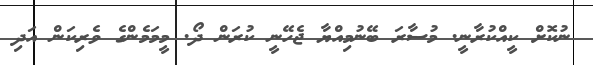
ނުކޮށް ކީއްކުރާނީ. މުސާރަ ބޭނުމިއްޔާ ޖެހޭނީ ކުރަން ދޯ. މީމަމެންގެ ވެރިކަން އަދި